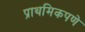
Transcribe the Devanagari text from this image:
प्राथमिकपणे